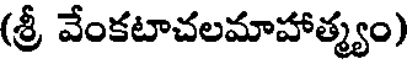
(శ్రీ వేంకటాచలమాహాత్మ్యం)